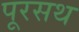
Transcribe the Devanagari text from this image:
पूरसथ